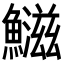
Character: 𬵱